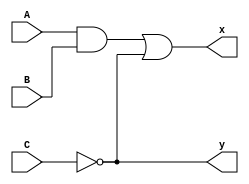

module circuit_with_delay(A,B,C,x,y);
   input A,B,C;
   output x,y;
   wire   e;
   and #(30) g1(e,A,B);
   or #(20) g3(x,e,y);
   not #(10) g2(y,C);
   
endmodule